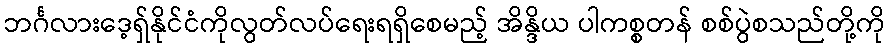
ဘင်္ဂလားဒေ့ရှ်နိုင်ငံကိုလွတ်လပ်ရေးရရှိစေမည့် အိန္ဒိယ ပါကစ္စတန် စစ်ပွဲစသည်တို့ကို